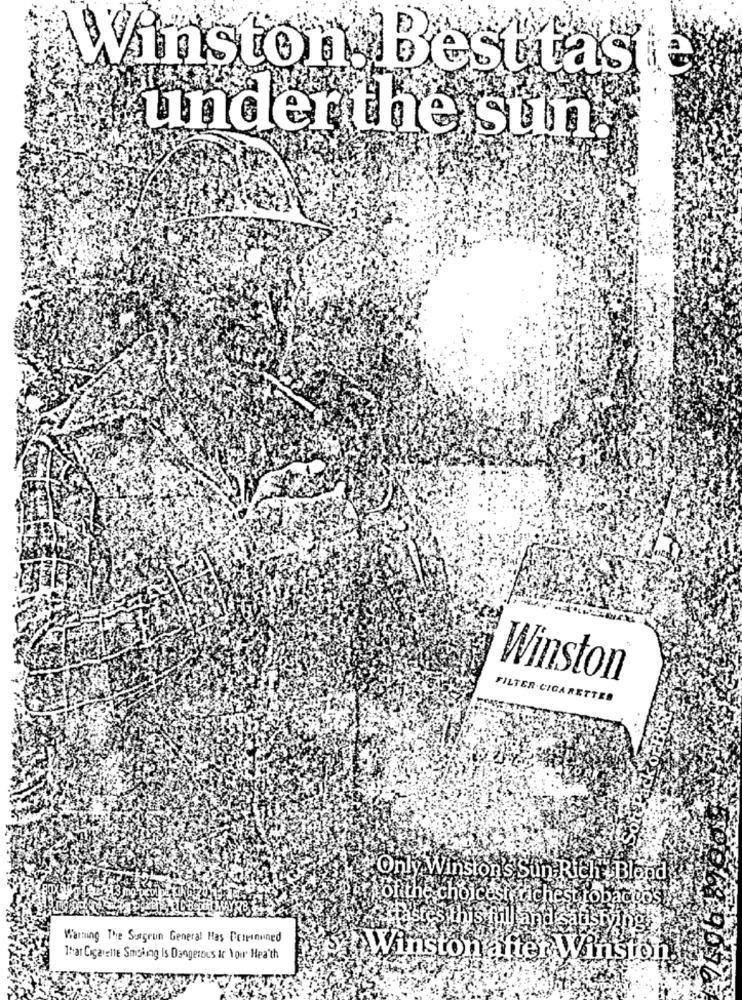
Winston. Besttas
under the sun.
Winston
FILTER-CIGARETTES
"Only Winston's Sun-Rich - Blond
fof the choicest,richest tobaccosy
is full and satisty
pgż
Warning The Songrun General Has Drumnaned
That Cigarette Smoking Is Dangerte's Ir You' Heaith
Winston after Wi
Winston.